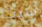
سيث